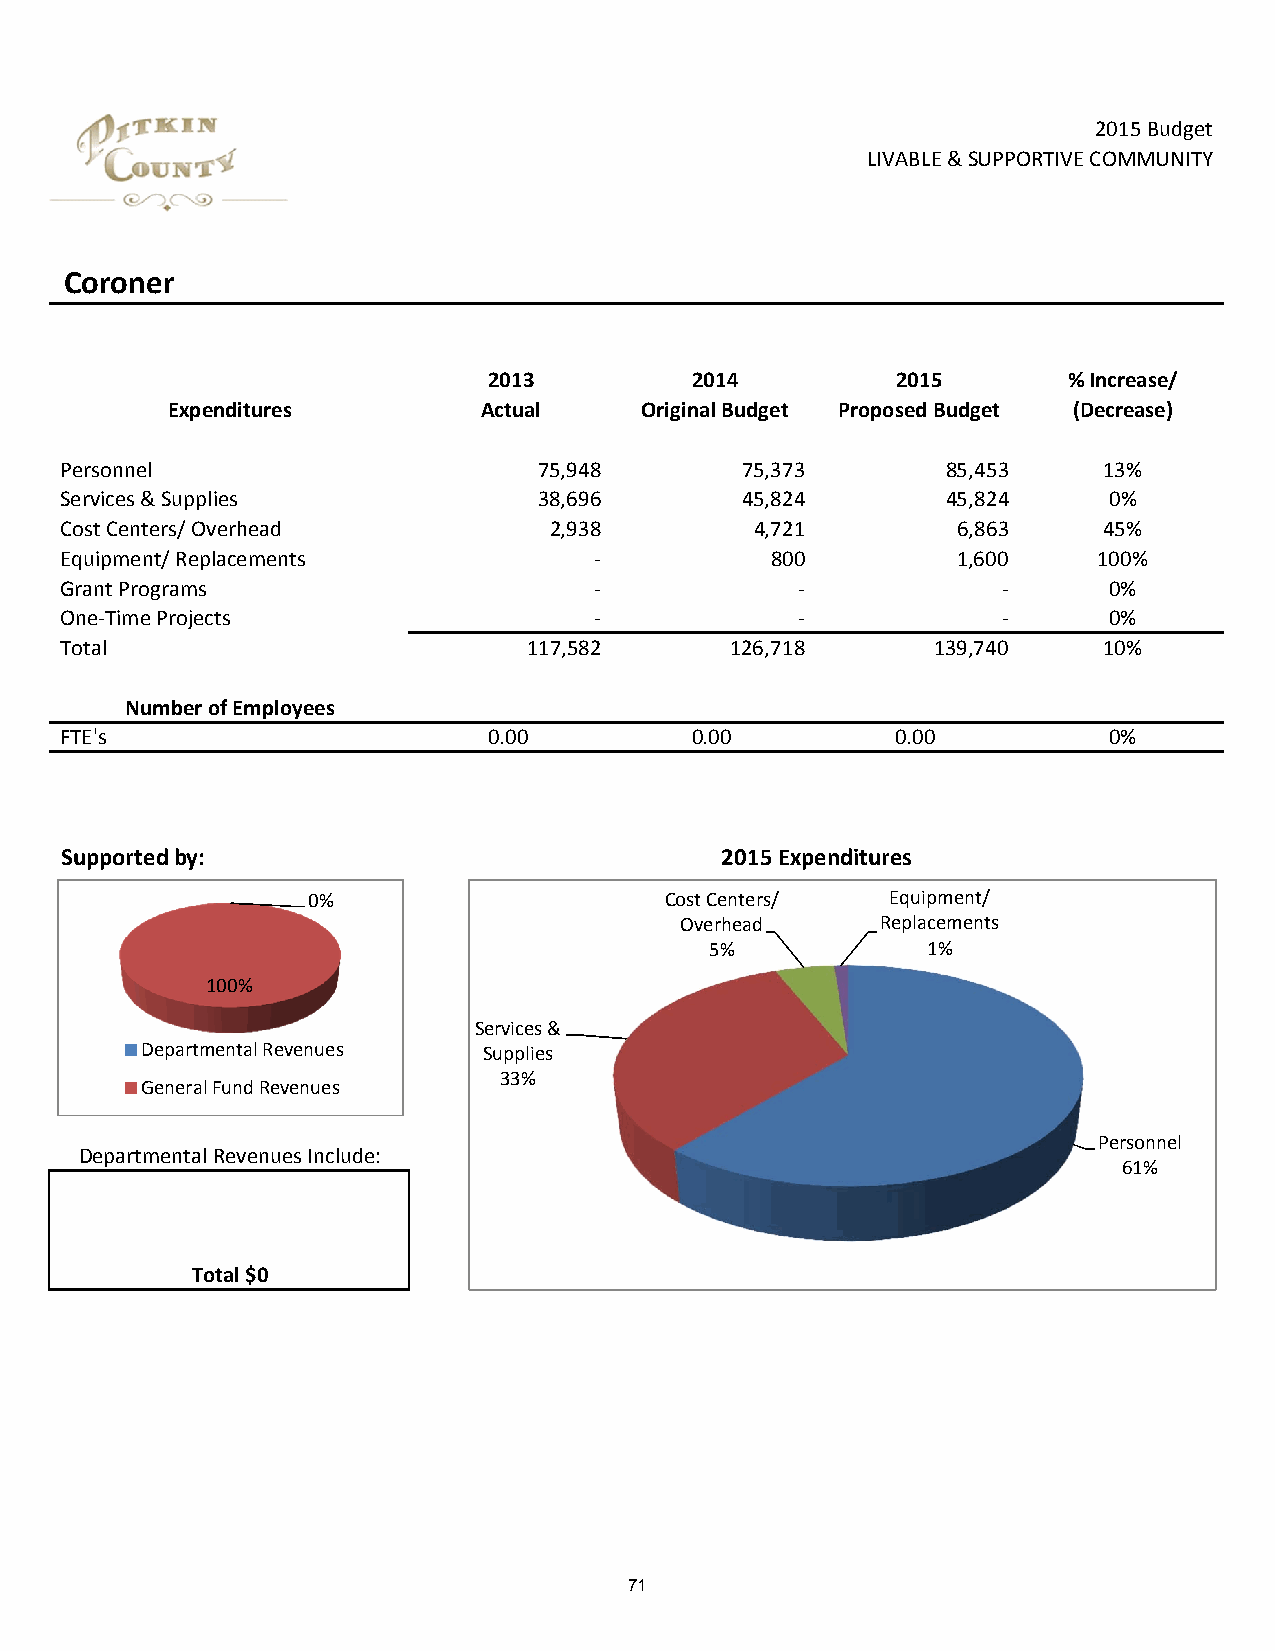
2015 Budget
 LIVABLE & SUPPORTIVE COMMUNITY
 Coroner
 2013          2014         2015        % Increase/
 Expenditures         Actual    Original Budget Proposed Budget (Decrease)
 Personnel                       75,948       75,373        85,453    13%
 Services & Supplies             38,696       45,824        45,824    0%
 Cost Centers/ Overhead          2,938         4,721        6,863     45%
 Equipment/ Replacements            ‐           800         1,600     100%
 Grant Programs                     ‐             ‐            ‐      0%
 One‐Time Projects                  ‐             ‐            ‐      0%
 Total                          117,582      126,718       139,740    10%
 Number of Employees
 FTE's                       0.00          0.00         0.00          0%
 Supported by:                               2015 Expenditures
 0%                      Cost Centers/  Equipment/
 Overhead     Replacements
 5%            1%
 100%
 Services &
 Departmental Revenues  Supplies
 33%
 General Fund Revenues
 Personnel
 Departmental Revenues Include:
 61%
 Total $0
 71